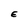
Character: E